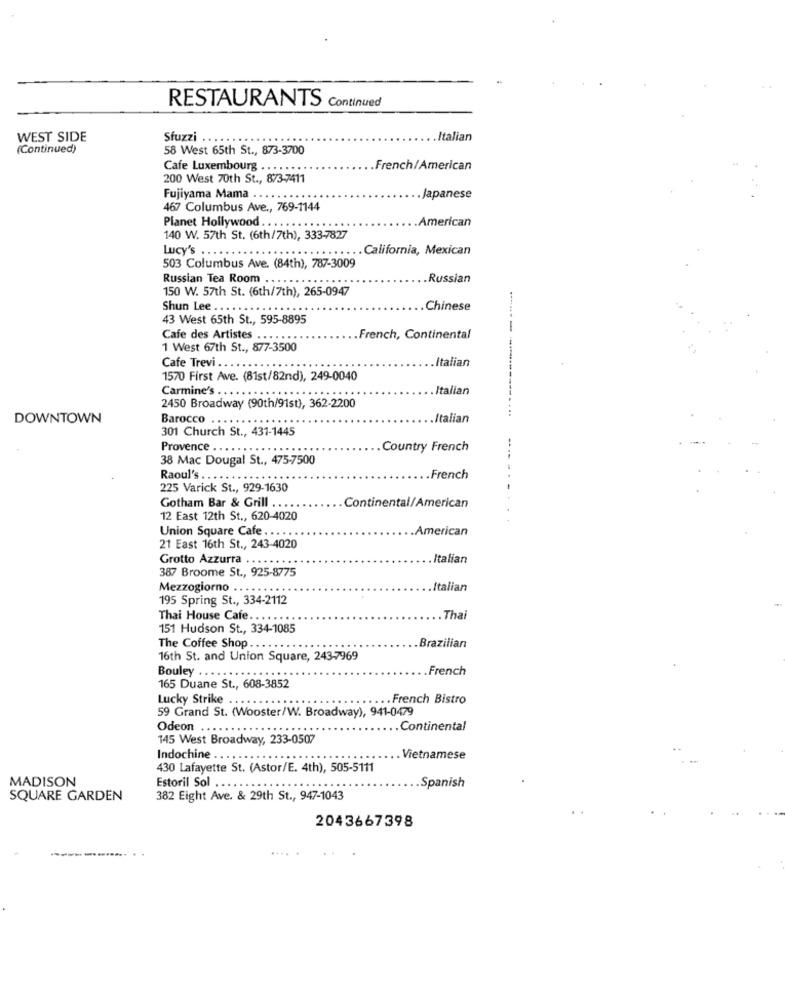
RESTAURANTS Continued
WEST SIDE
Sfuzzi
.Italian
(Continued)
58 West 65th St ., 873-3700
Cafe Luxembourg .......
French/American
200 West 70th St ., 873-7411
Fujiyama Mama .
.Japanese
467 Columbus Ave ., 769-1144
Planet Hollywood ..
American
.....
140 W. 57th St. (6th/7th), 333-7827
... California, Mexican
Lucy's . . . .
503 Columbus Ave. (84th), 787-3009
Russian Tea Room .. .
.Russian
150 W. 57th St. (6th/7th), 265-0947
Shun Lee ....
Chinese
43 West 65th St ., 595-8895
Cafe des Artistes .......
French, Continental
1 West 67th St ., 877-3500
Cafe Trevi
.Italian
1570 First Ave. (81st/82nd), 249-0040
Carmine's . ..
. Italian
2450 Broadway (90th/91st), 362-2200
DOWNTOWN
Barocco
.Italian
301 Church St ., 431-1445
Provence . ..
.Country French
38 Mac Dougal St ., 475-7500
Raoul's
.French
225 Varick St ., 929-1630
Gotham Bar & Grill ..
Continental/American
12 East 12th St ., 620-4020
Union Square Cafe ...
.American
21 East 16th St ., 243-4020
Grotto Azzurra ......
Italian
387 Broome St ., 925-8775
Mezzogiorno .. ...
.Italian
195 Spring St ., 334-2112
Thai House Cafe ..
Thai
151 Hudson St ., 334-1085
The Coffee Shop ..
Brazilian
16th St. and Union Square, 243-7969
Bouley
.French
.....
165 Duane St ., 608-3852
Lucky Strike ..
.French Bistro
59 Grand St. (Wooster/W. Broadway), 941-0479
Odeon ....
Continental
145 West Broadway, 233-0507
Indochine .. .
Vietnamese
430 Lafayette St. (Astor/E. 4th), 505-5111
MADISON
Estoril Sol .....
.Spanish
SQUARE GARDEN
382 Eight Ave. & 29th St ., 947-1043
2043667398
...